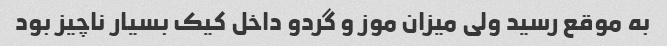
به موقع رسید ولی میزان موز و گردو داخل کیک بسیار ناچیز بود